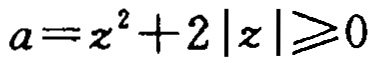
\(a = z^{2}+2|z|\geqslant0\)